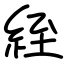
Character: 絰